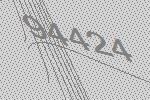
94424